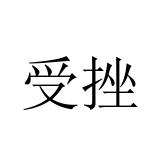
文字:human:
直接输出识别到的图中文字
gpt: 受挫